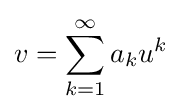
v=\sum _{k=1}^{\infty }a_{k}u^{k}